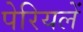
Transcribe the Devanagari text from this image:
पेरियलें